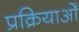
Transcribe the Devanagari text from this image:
प्रक्रियाओँ